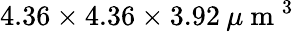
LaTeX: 4.36\times 4.36\times 3.92\: \mu\mathrm{~m~}^{3}